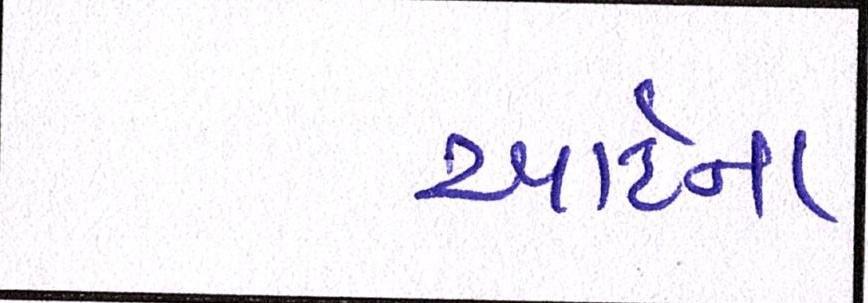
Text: આર્ટના